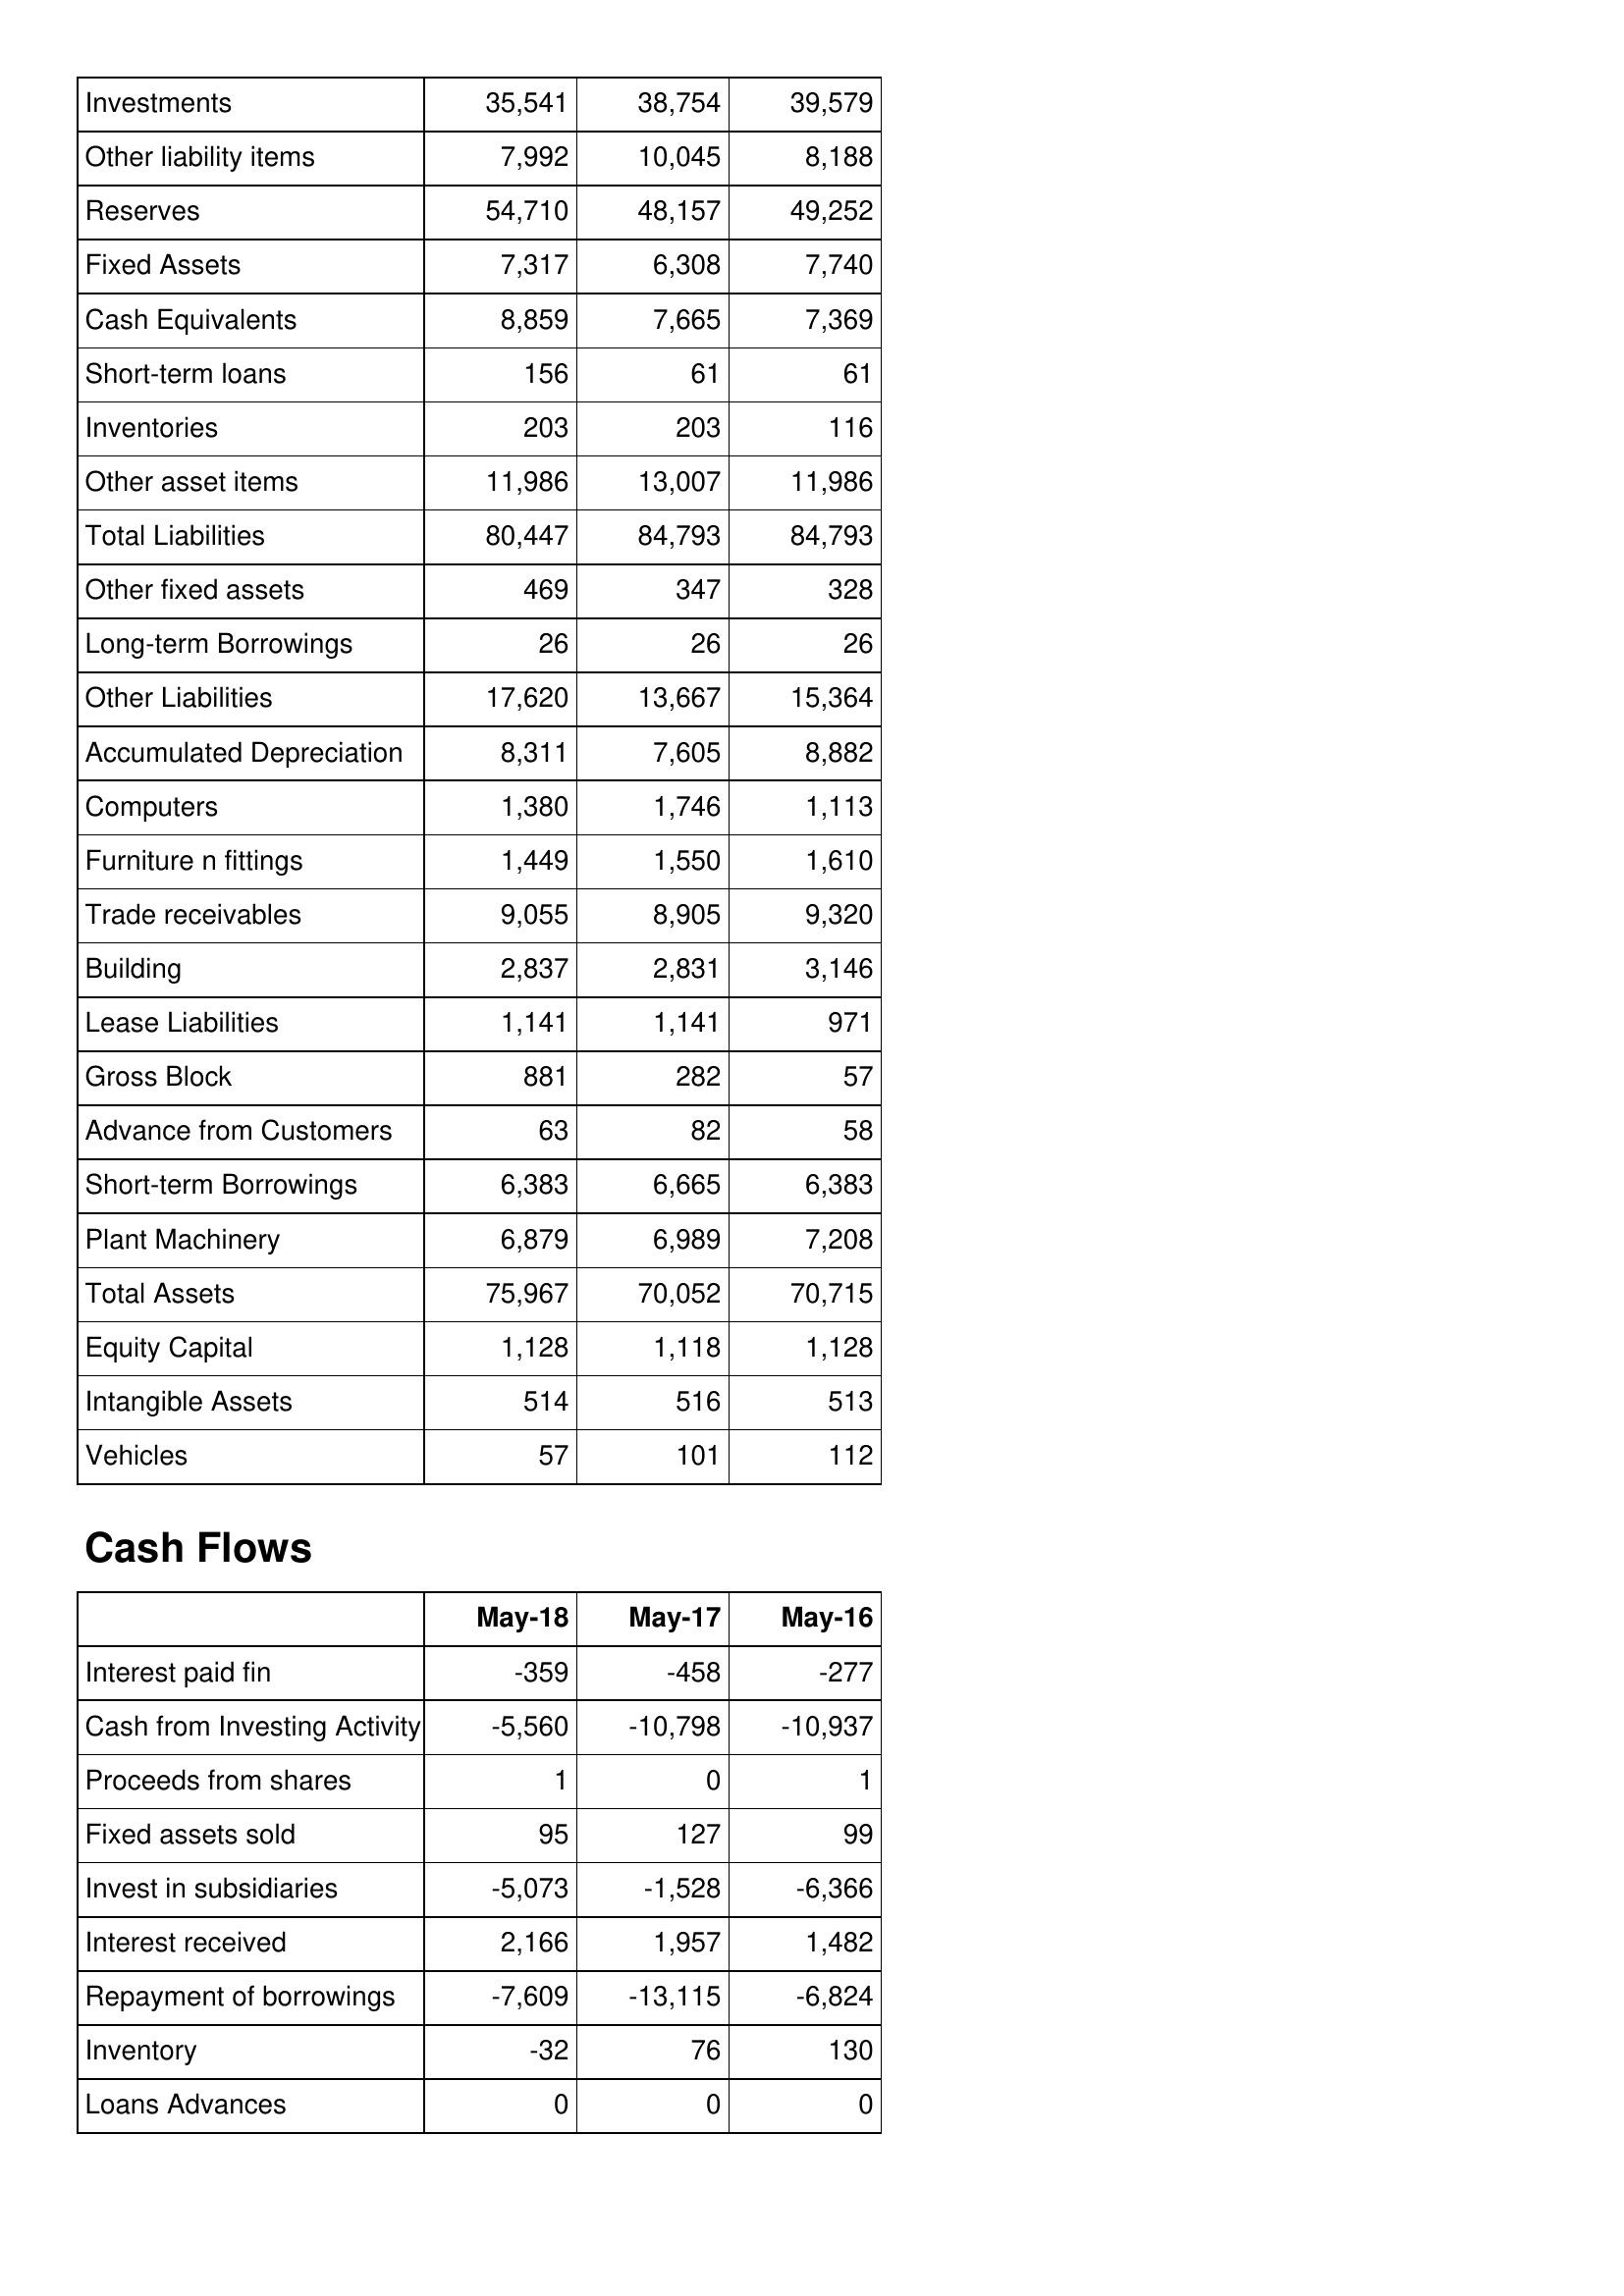
May-18: Balance Sheet: Investments: 35,541
Other liability items: 7,992
Reserves: 54,710
Fixed Assets: 7,317
Cash Equivalents: 8,859
Short-term loans: 156
Inventories: 203
Other asset items: 11,986
Total Liabilities: 80,447
Other fixed assets: 469
Long-term Borrowings: 26
Other Liabilities: 17,620
Accumulated Depreciation: 8,311
Computers: 1,380
Furniture n fittings: 1,449
Trade receivables: 9,055
Building: 2,837
Lease Liabilities: 1,141
Gross Block: 881
Advance from Customers: 63
Short-term Borrowings: 6,383
Plant Machinery: 6,879
Total Assets: 75,967
Equity Capital: 1,128
Intangible Assets: 514
Vehicles: 57
Cash Flows: Interest paid fin: -359
Cash from Investing Activity: -5,560
Proceeds from shares: 1
Fixed assets sold: 95
Invest in subsidiaries: -5,073
Interest received: 2,166
Repayment of borrowings: -7,609
Inventory: -32
Loans Advances: 0
May-17: Balance Sheet: Investments: 38,754
Other liability items: 10,045
Reserves: 48,157
Fixed Assets: 6,308
Cash Equivalents: 7,665
Short-term loans: 61
Inventories: 203
Other asset items: 13,007
Total Liabilities: 84,793
Other fixed assets: 347
Long-term Borrowings: 26
Other Liabilities: 13,667
Accumulated Depreciation: 7,605
Computers: 1,746
Furniture n fittings: 1,550
Trade receivables: 8,905
Building: 2,831
Lease Liabilities: 1,141
Gross Block: 282
Advance from Customers: 82
Short-term Borrowings: 6,665
Plant Machinery: 6,989
Total Assets: 70,052
Equity Capital: 1,118
Intangible Assets: 516
Vehicles: 101
Cash Flows: Interest paid fin: -458
Cash from Investing Activity: -10,798
Proceeds from shares: 0
Fixed assets sold: 127
Invest in subsidiaries: -1,528
Interest received: 1,957
Repayment of borrowings: -13,115
Inventory: 76
Loans Advances: 0
May-16: Balance Sheet: Investments: 39,579
Other liability items: 8,188
Reserves: 49,252
Fixed Assets: 7,740
Cash Equivalents: 7,369
Short-term loans: 61
Inventories: 116
Other asset items: 11,986
Total Liabilities: 84,793
Other fixed assets: 328
Long-term Borrowings: 26
Other Liabilities: 15,364
Accumulated Depreciation: 8,882
Computers: 1,113
Furniture n fittings: 1,610
Trade receivables: 9,320
Building: 3,146
Lease Liabilities: 971
Gross Block: 57
Advance from Customers: 58
Short-term Borrowings: 6,383
Plant Machinery: 7,208
Total Assets: 70,715
Equity Capital: 1,128
Intangible Assets: 513
Vehicles: 112
Cash Flows: Interest paid fin: -277
Cash from Investing Activity: -10,937
Proceeds from shares: 1
Fixed assets sold: 99
Invest in subsidiaries: -6,366
Interest received: 1,482
Repayment of borrowings: -6,824
Inventory: 130
Loans Advances: 0